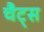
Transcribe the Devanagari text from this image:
चैट्स